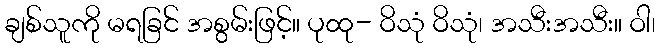
ချစ်သူကို မရခြင် အစွမ်းဖြင့်။ ပုထု- ဝိသုံ ဝိသုံ၊ အသီးအသီး။ ဝါ၊